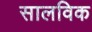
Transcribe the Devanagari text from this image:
सालविक